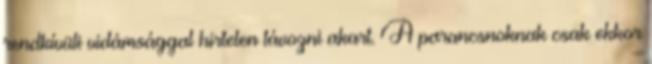
rendkívüli vidámsággal hirtelen távozni akart. A parancsnoknak csak ekkor